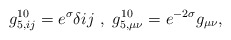
\begin{align*}g_{5,ij}^{10}=e^{\sigma} \delta{ij} \ , \ g_{5, \mu \nu}^{10}= e^{-2\sigma} g_{\mu \nu}, \end{align*}